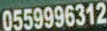
0559996312